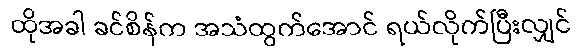
ထိုအခါ ခင်စိန်က အသံထွက်အောင် ရယ်လိုက်ပြီးလျှင်